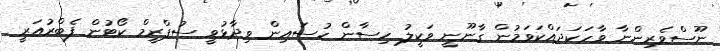
ނޫސްވެރިންނާ ވާހަކަދައްކަވަމުން ގާނޫނީ ވަކީލު ހިސާން ހުސައިން ވިދާޅުވީ ސުޕްރީމް ކޯޓުން ފެބްރުއަރީ